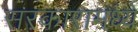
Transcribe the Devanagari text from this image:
सरकारामध्ये